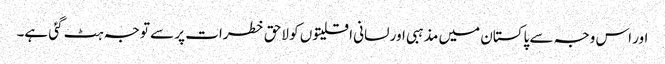
اور اس وجہ سے پاکستان میں مذہبی اور لسانی اقلیتوں کو لاحق خطرات پر سے توجہ ہٹ گئی ہے۔